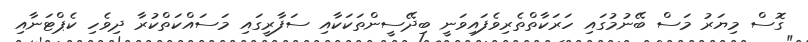
ގޮސް މިޔަރު މަސް ބޭނުމުގައި ހަރަކާތްތެރިވެފައިވަނީ ބިދޭސީންތަކަކާއި ސަފާރީގައި މަސައްކަތްކުރާ ދިވެހި ކެޕްޓަނާއި